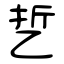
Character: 乴